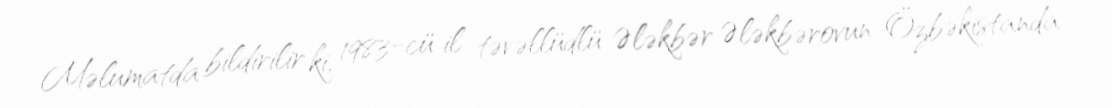
Məlumatda bildirilir ki, 1983-cü il təvəllüdlü Ələkbər Ələkbərovun Özbəkistanda